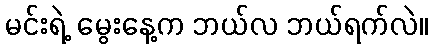
မင်းရဲ့ မွေးနေ့က ဘယ်လ ဘယ်ရက်လဲ။